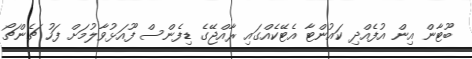
ބޫޓާން އިން އުފެއްދި ކައުންޓާ އެޓޭކެއްގައި ރާއްޖޭގެ ޑިފެންސް ފޫއަޅުވާލުމަށް ފަހު ޗެންޗޯ